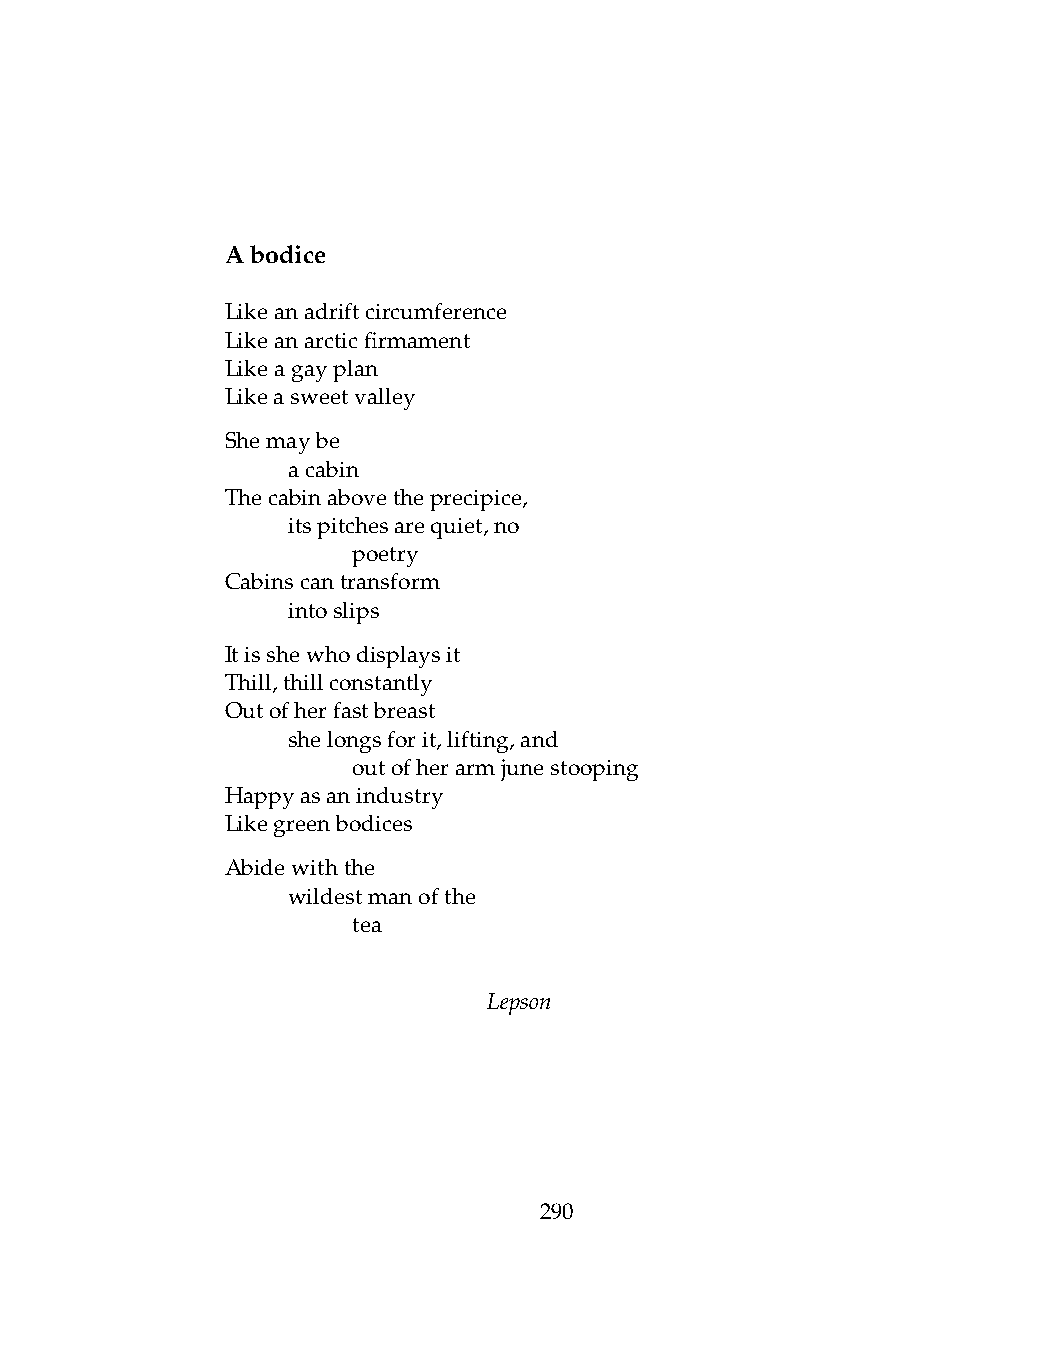
Abodice
 Likeanadriftcircumference
 Likeanarcticfirmament
 Likeagayplan
 Likeasweetvalley
 Shemaybe
 .   acabin
 Thecabinabovetheprecipice,
 .   itspitchesarequiet,no
 .   .   poetry
 Cabinscantransform
 .   intoslips
 Itisshewhodisplaysit
 Thill,thillconstantly
 Outofherfastbreast
 .   shelongsforit,lifting,and
 .   .   outofherarmjunestooping
 Happyasanindustry
 Likegreenbodices
 Abidewiththe
 .   wildestmanofthe
 .   .   tea
 Lepson
 290